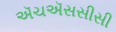
ઍચઍસસીસી